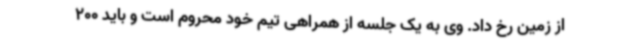
از زمین رخ داد. وی به یک جلسه از همراهی تیم خود محروم است و باید 200